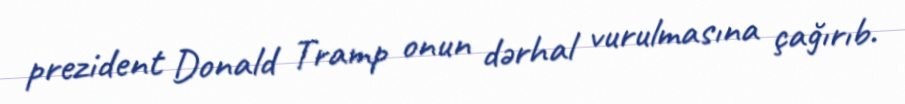
prezident Donald Tramp onun dərhal vurulmasına çağırıb.